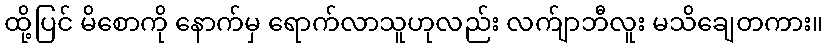
ထို့ပြင် မိစောကို နောက်မှ ရောက်လာသူဟုလည်း လက်ျာဘီလူး မသိချေတကား။